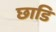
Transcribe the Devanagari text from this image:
छाडि